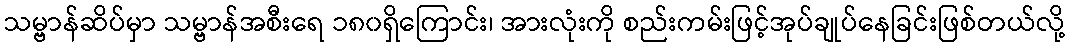
သမ္ဗာန်ဆိပ်မှာ သမ္ဗာန်အစီးရေ ၁၈၀ရှိကြောင်း၊ အားလုံးကို စည်းကမ်းဖြင့်အုပ်ချုပ်နေခြင်းဖြစ်တယ်လို့